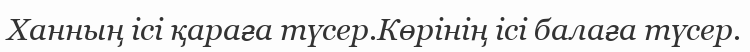
Ханның ісі қараға түсер.Көрінің ісі балаға түсер.